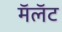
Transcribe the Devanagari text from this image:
मॅलॅट